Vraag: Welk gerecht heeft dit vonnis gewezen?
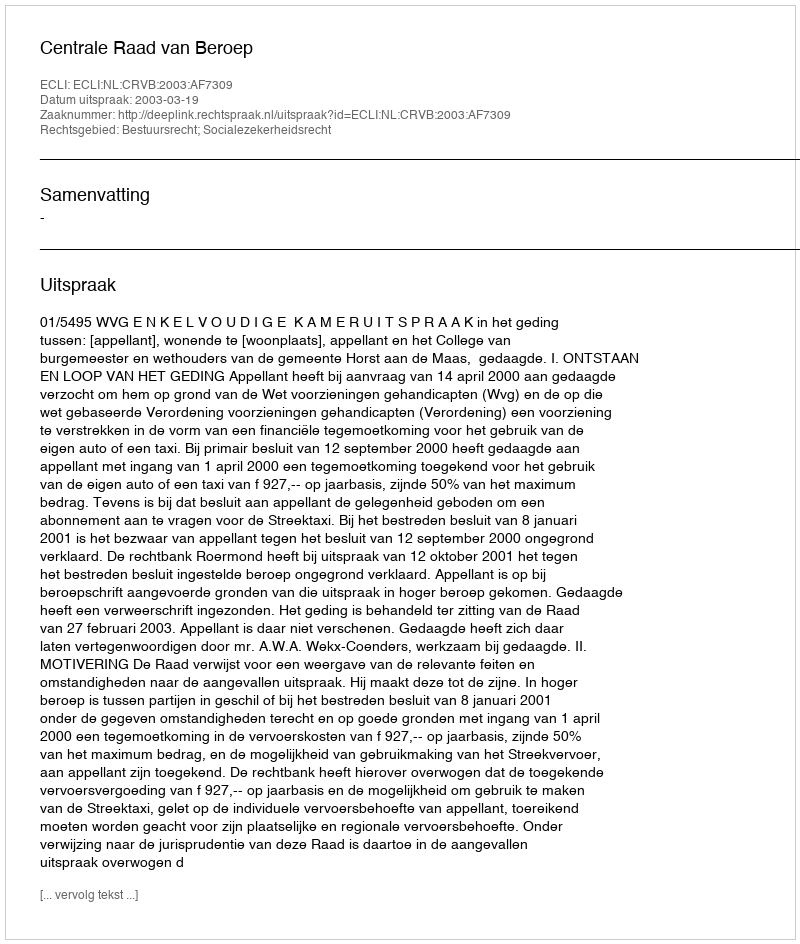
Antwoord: Centrale Raad van Beroep